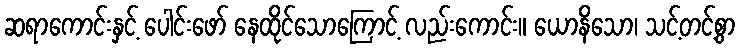
ဆရာကောင်းနှင့် ပေါင်းဖော် နေထိုင်သောကြောင့် လည်းကောင်း။ ယောနိသော၊ သင့်တင့်စွာ